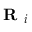
\textbf { R } _ { i }